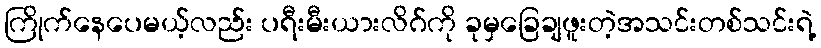
ကြိုက်နေပေမယ့်လည်း ပရီးမီးယားလိဂ်ကို ခုမှခြေချဖူးတဲ့အသင်းတစ်သင်းရဲ့